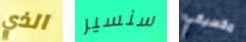
الذي سنسير مكسيكي